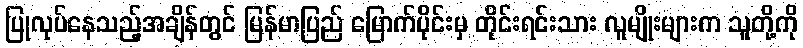
ပြုလုပ်နေသည့်အချိန်တွင် မြန်မာပြည် မြောက်ပိုင်းမှ တိုင်းရင်းသား လူမျိုးများက သူတို့ကို